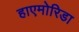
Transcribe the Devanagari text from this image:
हाएमोरिडा